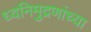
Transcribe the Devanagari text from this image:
ध्वनिमुद्रणांच्या